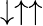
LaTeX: \downarrow\uparrow\uparrow